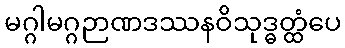
မဂ္ဂါမဂ္ဂဉာဏဒဿနဝိသုဒ္ဓတ္ထံပေ